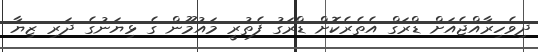
ދިވެހިރާއްޖެއަށް ޑްރަގް އެތެރެކޮށް ޑްރަގު ފެތުރީ މައުމޫން ގެ ޅިޔަނުގެ ދަރި ޒިޔާ